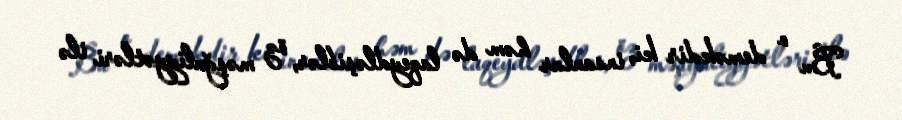
Bu o deməkdir ki, insanlar həm də laqeydləşiblər, öz məşğuliyyətləri ilə